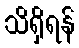
သိရှိရန်